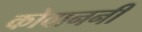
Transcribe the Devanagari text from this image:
कोवाननी